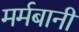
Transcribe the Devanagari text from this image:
मर्मबानी